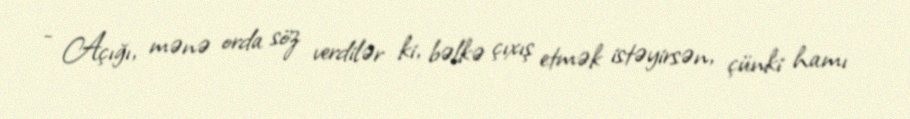
- Açığı, mənə orda söz verdilər ki, bəlkə çıxış etmək istəyirsən, çünki hamı